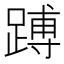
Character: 𬧅